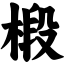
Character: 椴